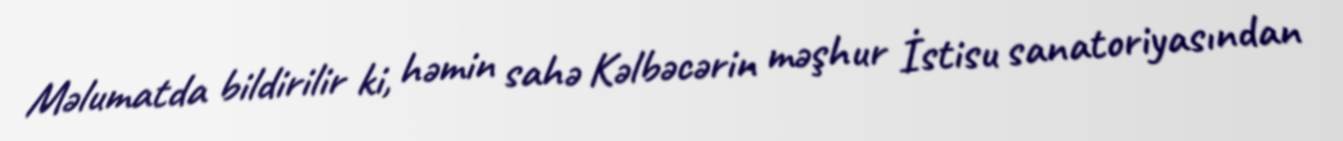
Məlumatda bildirilir ki, həmin sahə Kəlbəcərin məşhur İstisu sanatoriyasından